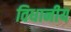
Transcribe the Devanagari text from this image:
विधानीय